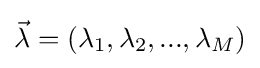
{\vec {\lambda }}=(\lambda _{1},\lambda _{2},...,\lambda _{M})